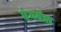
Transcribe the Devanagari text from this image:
एंगवॅल